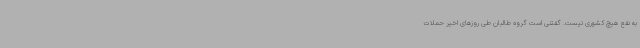
به نفع هیچ کشوری نیست. گفتنی است گروه طالبان طی روزهای اخیر حملات